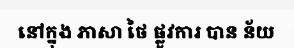
នៅក្នុង ភាសា ថៃ ផ្លូវការ បាន ន័យ